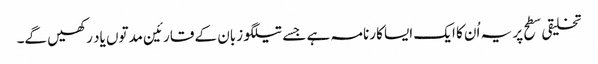
تخلیقی سطح پر یہ اُن کا ایک ایسا کارنامہ ہے جسے تیلگو زبان کے قارئین مدتوں یاد رکھیں گے۔